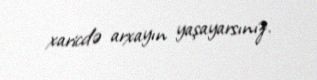
xaricdə arxayın yaşayarsınız.